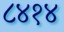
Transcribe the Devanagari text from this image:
८४१४